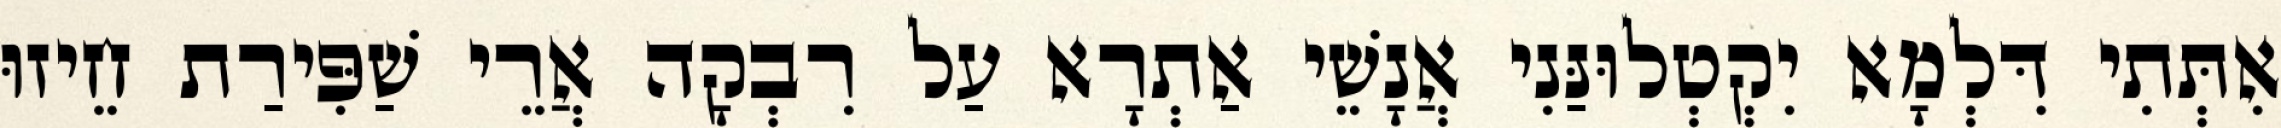
אִתְּתִי דִּלְמָא יִקְטְלוּנַּנִי אֲנָשֵׁי אַתְרָא עַל רִבְקָה אֲרֵי שַׁפִּירַת חֵיזוּ